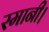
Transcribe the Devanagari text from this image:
रमानी।